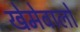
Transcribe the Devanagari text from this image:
खेमेवालों